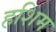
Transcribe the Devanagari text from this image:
हशिम